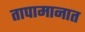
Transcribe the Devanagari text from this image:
तापामानात